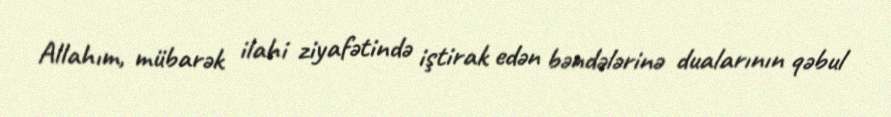
Allahım, mübarək ilahi ziyafətində iştirak edən bəndələrinə dualarının qəbul